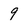
Character: 9